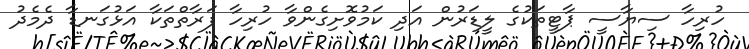
ހުރިހާ ސިޔާސީ ޕާޓީތަކުގެ ލީޑަރުން އަދި ކަމުވޮށިގެންވާ ހުރިހާ ފަރާތްތަކާ އަޅުގަނޑާ ދެމެދު